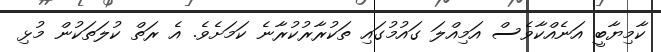
ކާމިޔާބީ އަނެއްކާވެސް އަމިއްލަ ގައުމުގައި ތަކުރާރުކުރާނެ ކަމަށެވެ. އެ ރަތް ކުލަތަކުން މުޅި